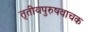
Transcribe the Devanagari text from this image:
तृतीयपुरुषवाचक